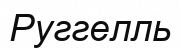
Руггелль